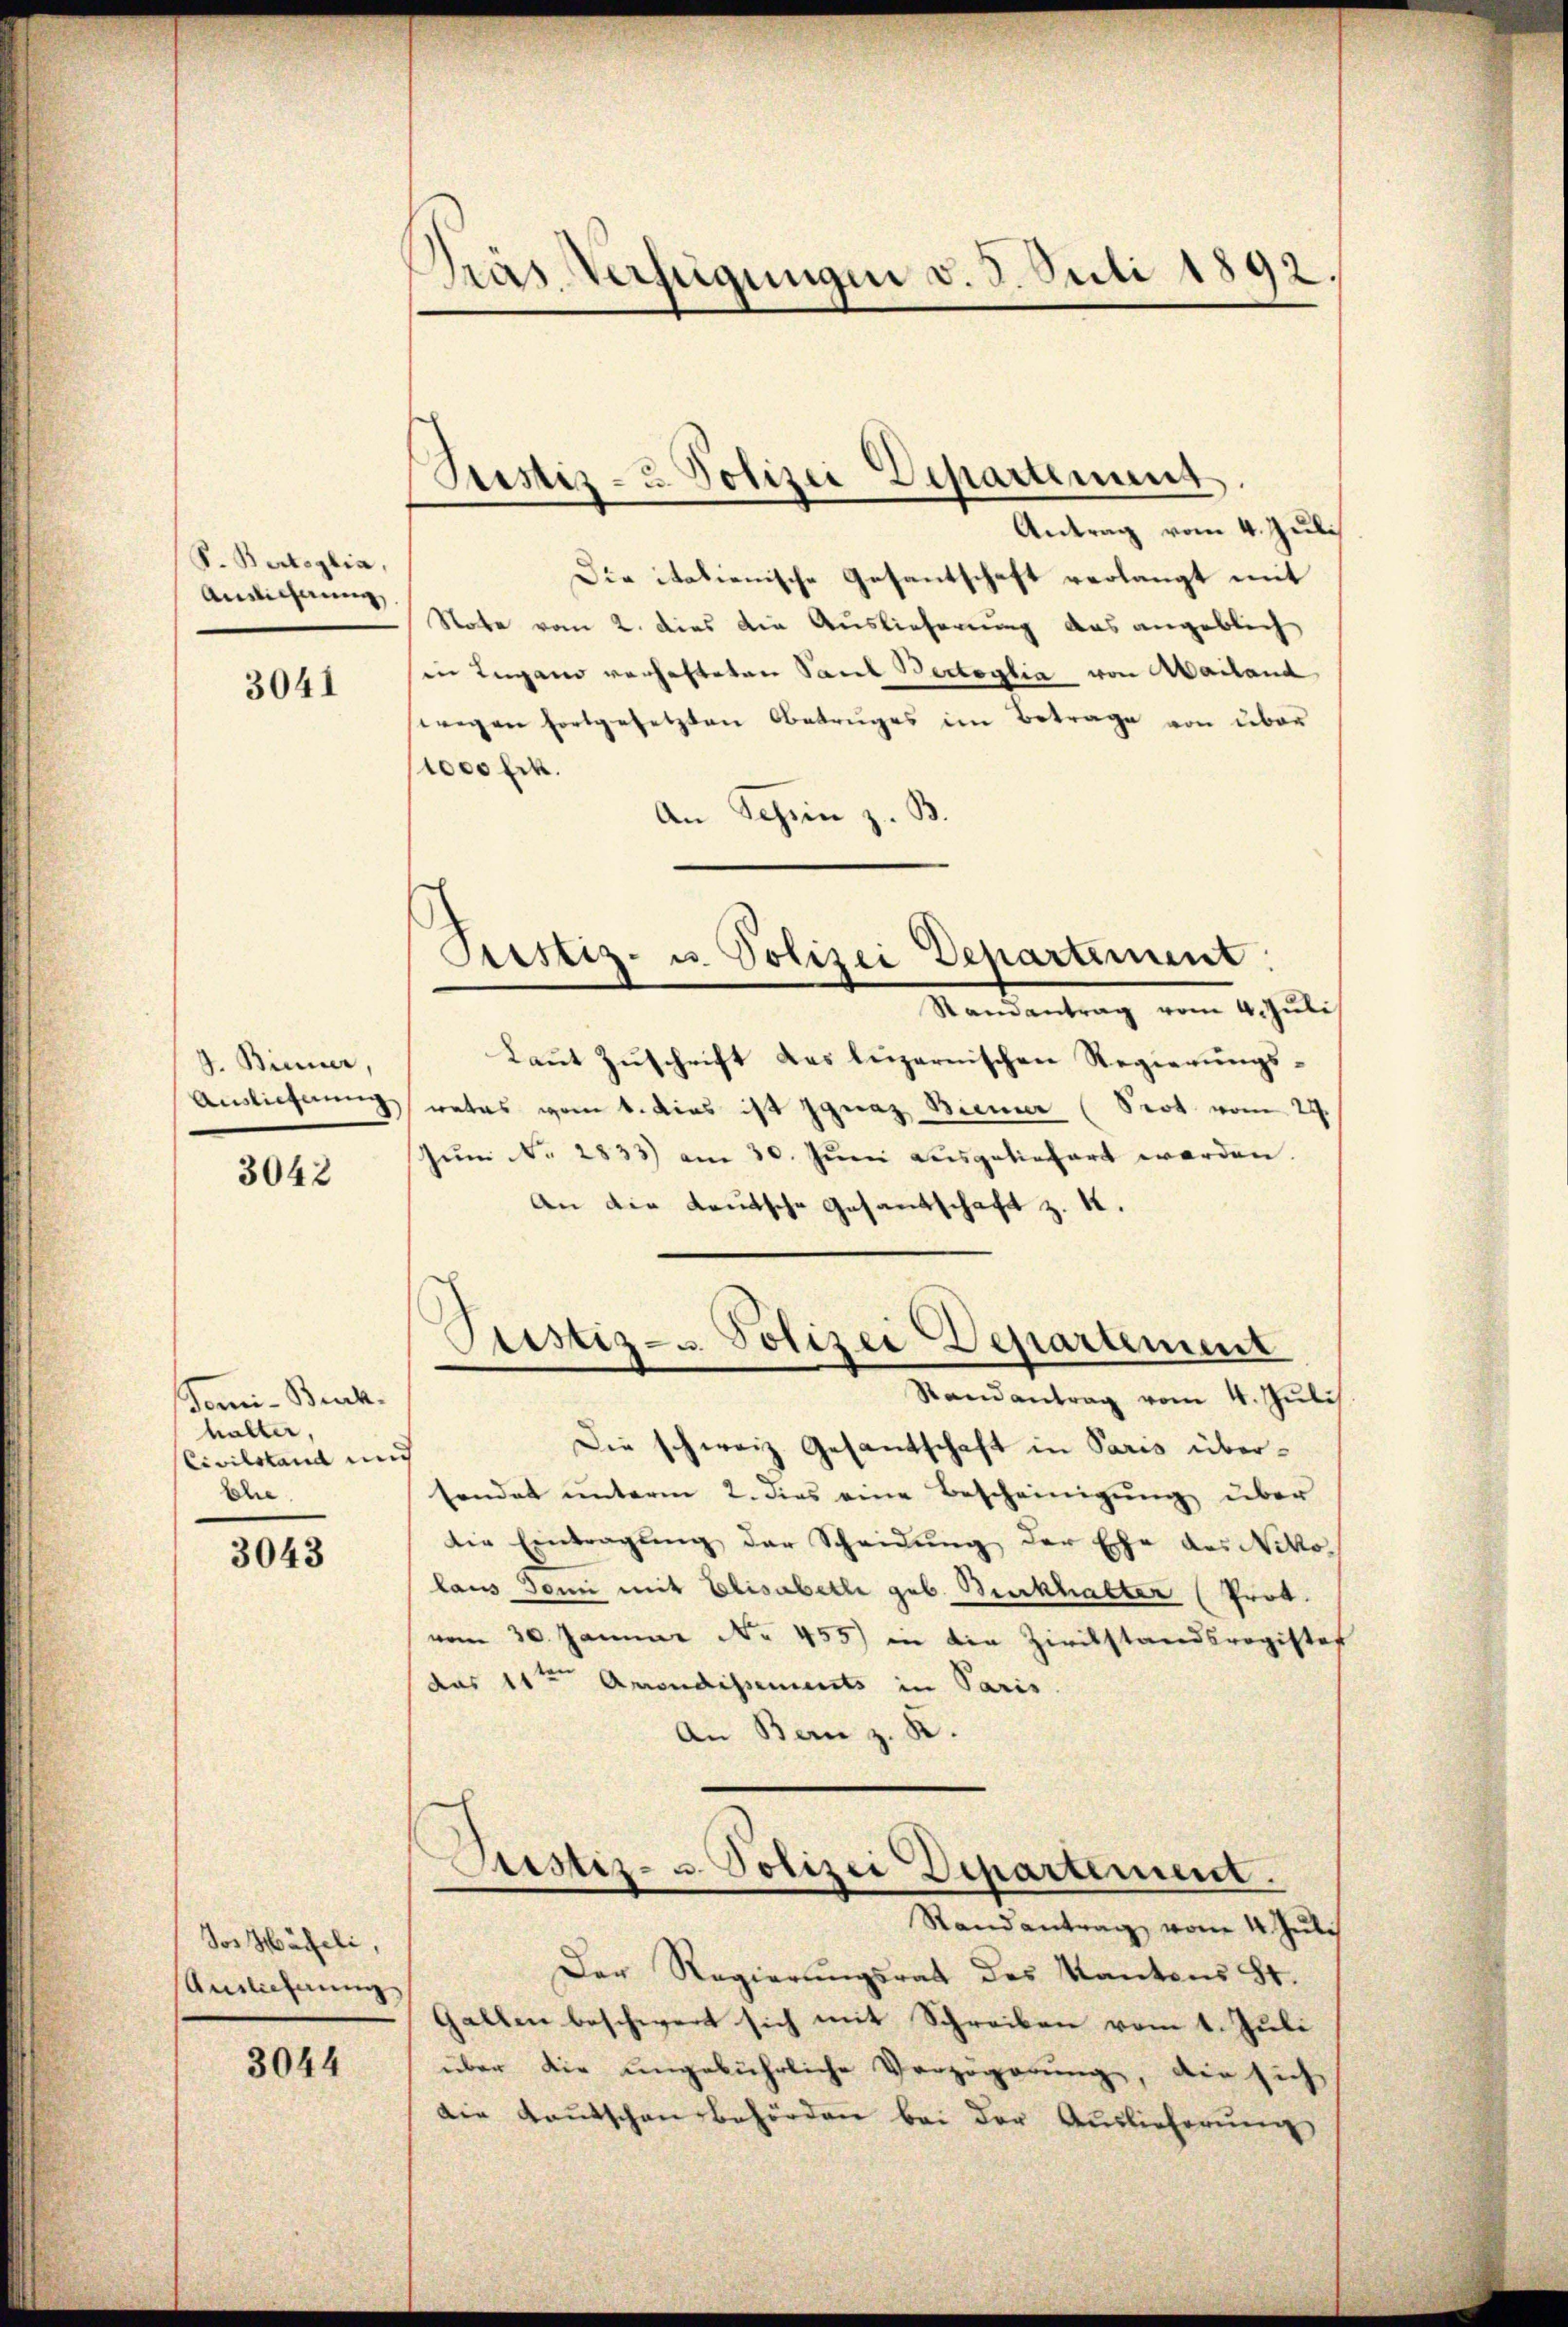
S. Bertoglia,
Ansichnung

3041

J. Binner,
Auslieferung

3042

Tomi-Buch.
halter
Civilstand und
she

3043

Jos Häfeli,
Anziehung

3044

Pras Verfügungen v. 8. Juli 1892

Justiz- & Polizei Departement
Antrag vom 4. Juli

Custiz- u. Polizei Departement.

Die italienische Gesantschaft verlangt mit
Note vom 2. dies die Auslieferung das angeblich
in Lugano verhafteten Saul Bertoglia von Mailand
wegen fortgesetzten Betruges im Betrage von über
11000 Frk.
An Schin z. B.
Randantrag vom 4. Juli
Laŭt Zŭschrift des luzernischen Regierungswates vom 1. dies ist Ignaz Biener (Prot vom 29.
Jŭm N. 2833) am 30. Jŭni ausgeliefert werden.
An die Leutsche Gesandschaft z. K.
Ptistiz- u. Polizei Departement
Randantrag vom 4. Juli
Die schweiz. Gesantschaft in Paris übersendet unterm 2. dies eine Bescheinigŭng über
die Eintragung der Scheidung der Ehe des Nikolaus doni mit Elisabethe geb. Burkhalter (Prot.
vom 30. Januar No. 455) in die Zivilstandsregister
das 11te͇n Apondissements in Paris
An Bern z. K.
Justiz- u. Polizei Departement.
Randantrag vom 4. Juli
Der Regierŭngsrat des Kantons St.
Gallen beschwert sich mit Schreiben vom 1. Juli
über die ungebührliche Verzögerung, die sich
die Kantschen Behörden bei der Auslieferŭng